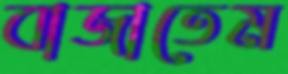
বাজাতেম